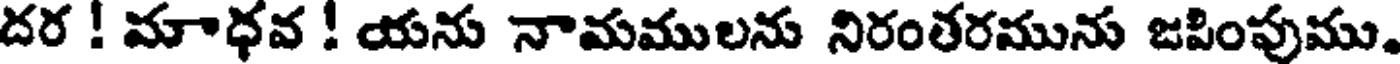
దర ! మాధవ ! యను నామములను నిరంతరమును జపింపుము.